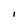
Character: I